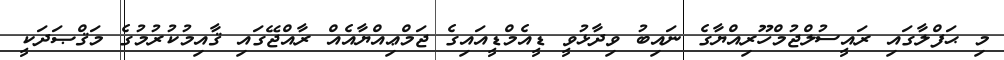
މި ޙަފްލާގައި ރައީސުލްޖުމްހޫރިއްޔާގެ ނައިބު ވިދާޅުވީ ޑީއެމްޑީއައިގެ ޖަމްޢިއްޔާއެއް ރާއްޖޭގައި ޤާއިމުކުރުމުގެ މަޤްޞަދަކީ